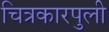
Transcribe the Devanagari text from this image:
चित्रकारपुली